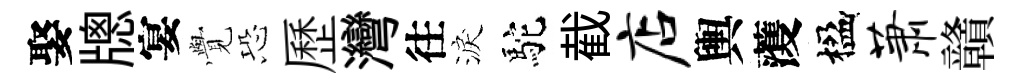
娶牕宴𮗜恐歷灣往淚駝截店輿𮑮楹萧贛